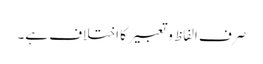
صرف الفاظ و تعبیر کا اختلاف ہے۔